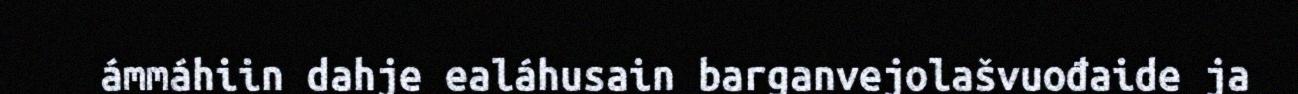
ámmáhiin dahje ealáhusain barganvejolašvuođaide ja